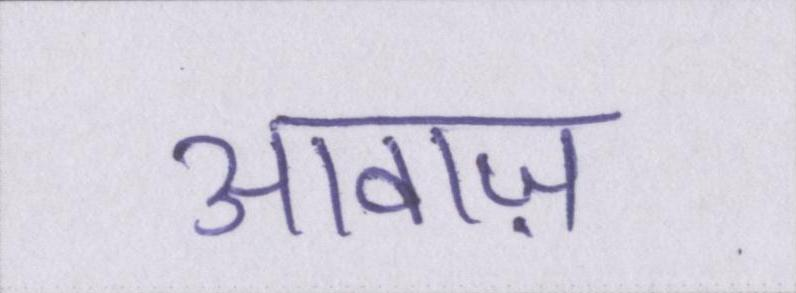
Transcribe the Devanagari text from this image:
आवाज़